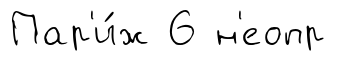
Пар'и́ж 6 н'еопр